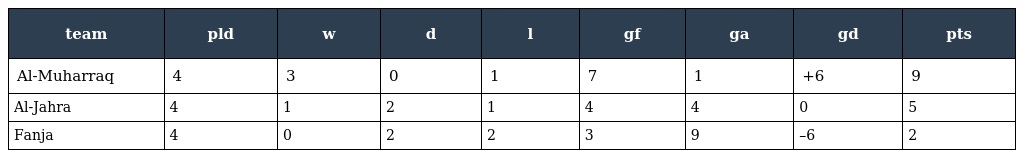
| team | pld | w | d | l | gf | ga | gd | pts |
 | --- | --- | --- | --- | --- | --- | --- | --- | --- |
 | Al-Muharraq | 4 | 3 | 0 | 1 | 7 | 1 | +6 | 9 |
 | Al-Jahra | 4 | 1 | 2 | 1 | 4 | 4 | 0 | 5 |
 | Fanja | 4 | 0 | 2 | 2 | 3 | 9 | –6 | 2 |